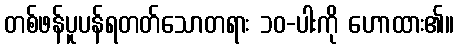
တစ်ဖန်ပူပန်ရတတ်သောတရား ၁၀-ပါးကို ဟောထား၏။